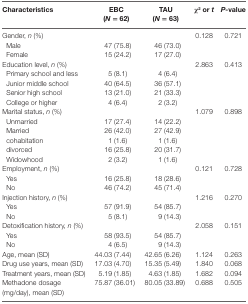
<table><thead><tr><td><b>Characteristics</b></td><td><b>EBC (<i>N</i> = 62)</b></td><td><b>TAU (<i>N</i> = 63)</b></td><td><b>χ<sup>2</sup> or <i>t</i></b></td><td><b><i>P</i>-value</b></td></tr></thead><tbody><tr><td>Gender, <i>n</i> (%)</td><td></td><td></td><td>0.128</td><td>0.721</td></tr><tr><td> Male</td><td>47 (75.8)</td><td>46 (73.0)</td><td></td><td></td></tr><tr><td> Female</td><td>15 (24.2)</td><td>17 (27.0)</td><td></td><td></td></tr><tr><td>Education level, <i>n</i> (%)</td><td></td><td></td><td>2.863</td><td>0.413</td></tr><tr><td> Primary school and less</td><td>5 (8.1)</td><td>4 (6.4)</td><td></td><td></td></tr><tr><td> Junior middle school</td><td>40 (64.5)</td><td>36 (57.1)</td><td></td><td></td></tr><tr><td> Senior high school</td><td>13 (21.0)</td><td>21 (33.3)</td><td></td><td></td></tr><tr><td> College or higher</td><td>4 (6.4)</td><td>2 (3.2)</td><td></td><td></td></tr><tr><td>Marital status, <i>n</i> (%)</td><td></td><td></td><td>1.079</td><td>0.898</td></tr><tr><td> Unmarried</td><td>17 (27.4)</td><td>14 (22.2)</td><td></td><td></td></tr><tr><td> Married</td><td>26 (42.0)</td><td>27 (42.9)</td><td></td><td></td></tr><tr><td> cohabitation</td><td>1 (1.6)</td><td>1 (1.6)</td><td></td><td></td></tr><tr><td> divorced</td><td>16 (25.8)</td><td>20 (31.7)</td><td></td><td></td></tr><tr><td> Widowhood</td><td>2 (3.2)</td><td>1 (1.6)</td><td></td><td></td></tr><tr><td>Employment, <i>n</i> (%)</td><td></td><td></td><td>0.121</td><td>0.728</td></tr><tr><td> Yes</td><td>16 (25.8)</td><td>18 (28.6)</td><td></td><td></td></tr><tr><td> No</td><td>46 (74.2)</td><td>45 (71.4)</td><td></td><td></td></tr><tr><td>Injection history, <i>n</i> (%)</td><td></td><td></td><td>1.216</td><td>0.270</td></tr><tr><td> Yes</td><td>57 (91.9)</td><td>54 (85.7)</td><td></td><td></td></tr><tr><td> No</td><td>5 (8.1)</td><td>9 (14.3)</td><td></td><td></td></tr><tr><td>Detoxification history, <i>n</i> (%)</td><td></td><td></td><td>2.058</td><td>0.151</td></tr><tr><td> Yes</td><td>58 (93.5)</td><td>54 (85.7)</td><td></td><td></td></tr><tr><td> No</td><td>4 (6.5)</td><td>9 (14.3)</td><td></td><td></td></tr><tr><td>Age, mean (SD)</td><td>44.03 (7.44)</td><td>42.65 (6.26)</td><td>1.124</td><td>0.263</td></tr><tr><td>Drug use years, mean (SD)</td><td>17.03 (4.70)</td><td>15.35 (5.49)</td><td>1.840</td><td>0.068</td></tr><tr><td>Treatment years, mean (SD)</td><td>5.19 (1.85)</td><td>4.63 (1.85)</td><td>1.682</td><td>0.094</td></tr><tr><td>Methadone dosage (mg/day), mean (SD)</td><td>75.87 (36.01)</td><td>80.05 (33.89)</td><td>0.688</td><td>0.505</td></tr></tbody></table>